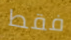
فقط